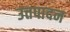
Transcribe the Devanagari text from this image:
उत्तपादन